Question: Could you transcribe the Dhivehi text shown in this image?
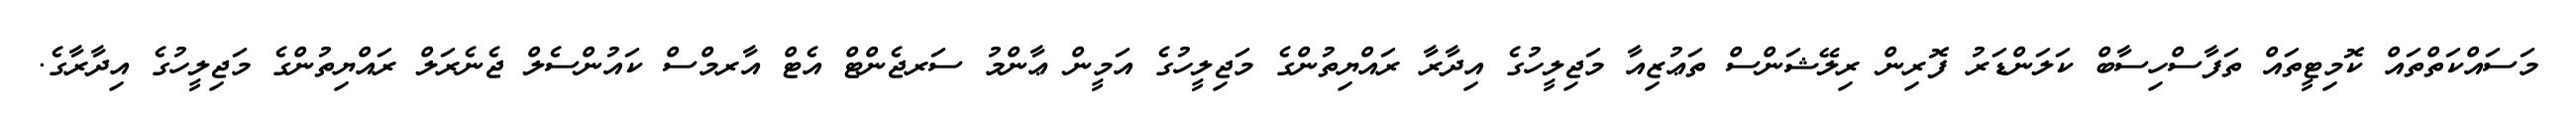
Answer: މަސައްކަތްތައް ކޮމިޓީތައް ތަފާސްހިސާބް ކަލަންޑަރު ފޮރިން ރިލޭޝަންސް ތަޢުޒިއާ މަޖިލީހުގެ އިދާރާ ރައްޔިތުންގެ މަޖިލީހުގެ އަމީން ޢާންމު ސަރޖެންޓް އެޓް އާރމްސް ކައުންސެލް ޖެނެރަލް ރައްޔިތުންގެ މަޖިލީހުގެ އިދާރާގެ.